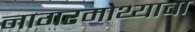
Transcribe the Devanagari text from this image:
नागरमोथ्याचा